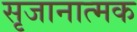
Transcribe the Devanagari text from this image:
सृजानात्मक